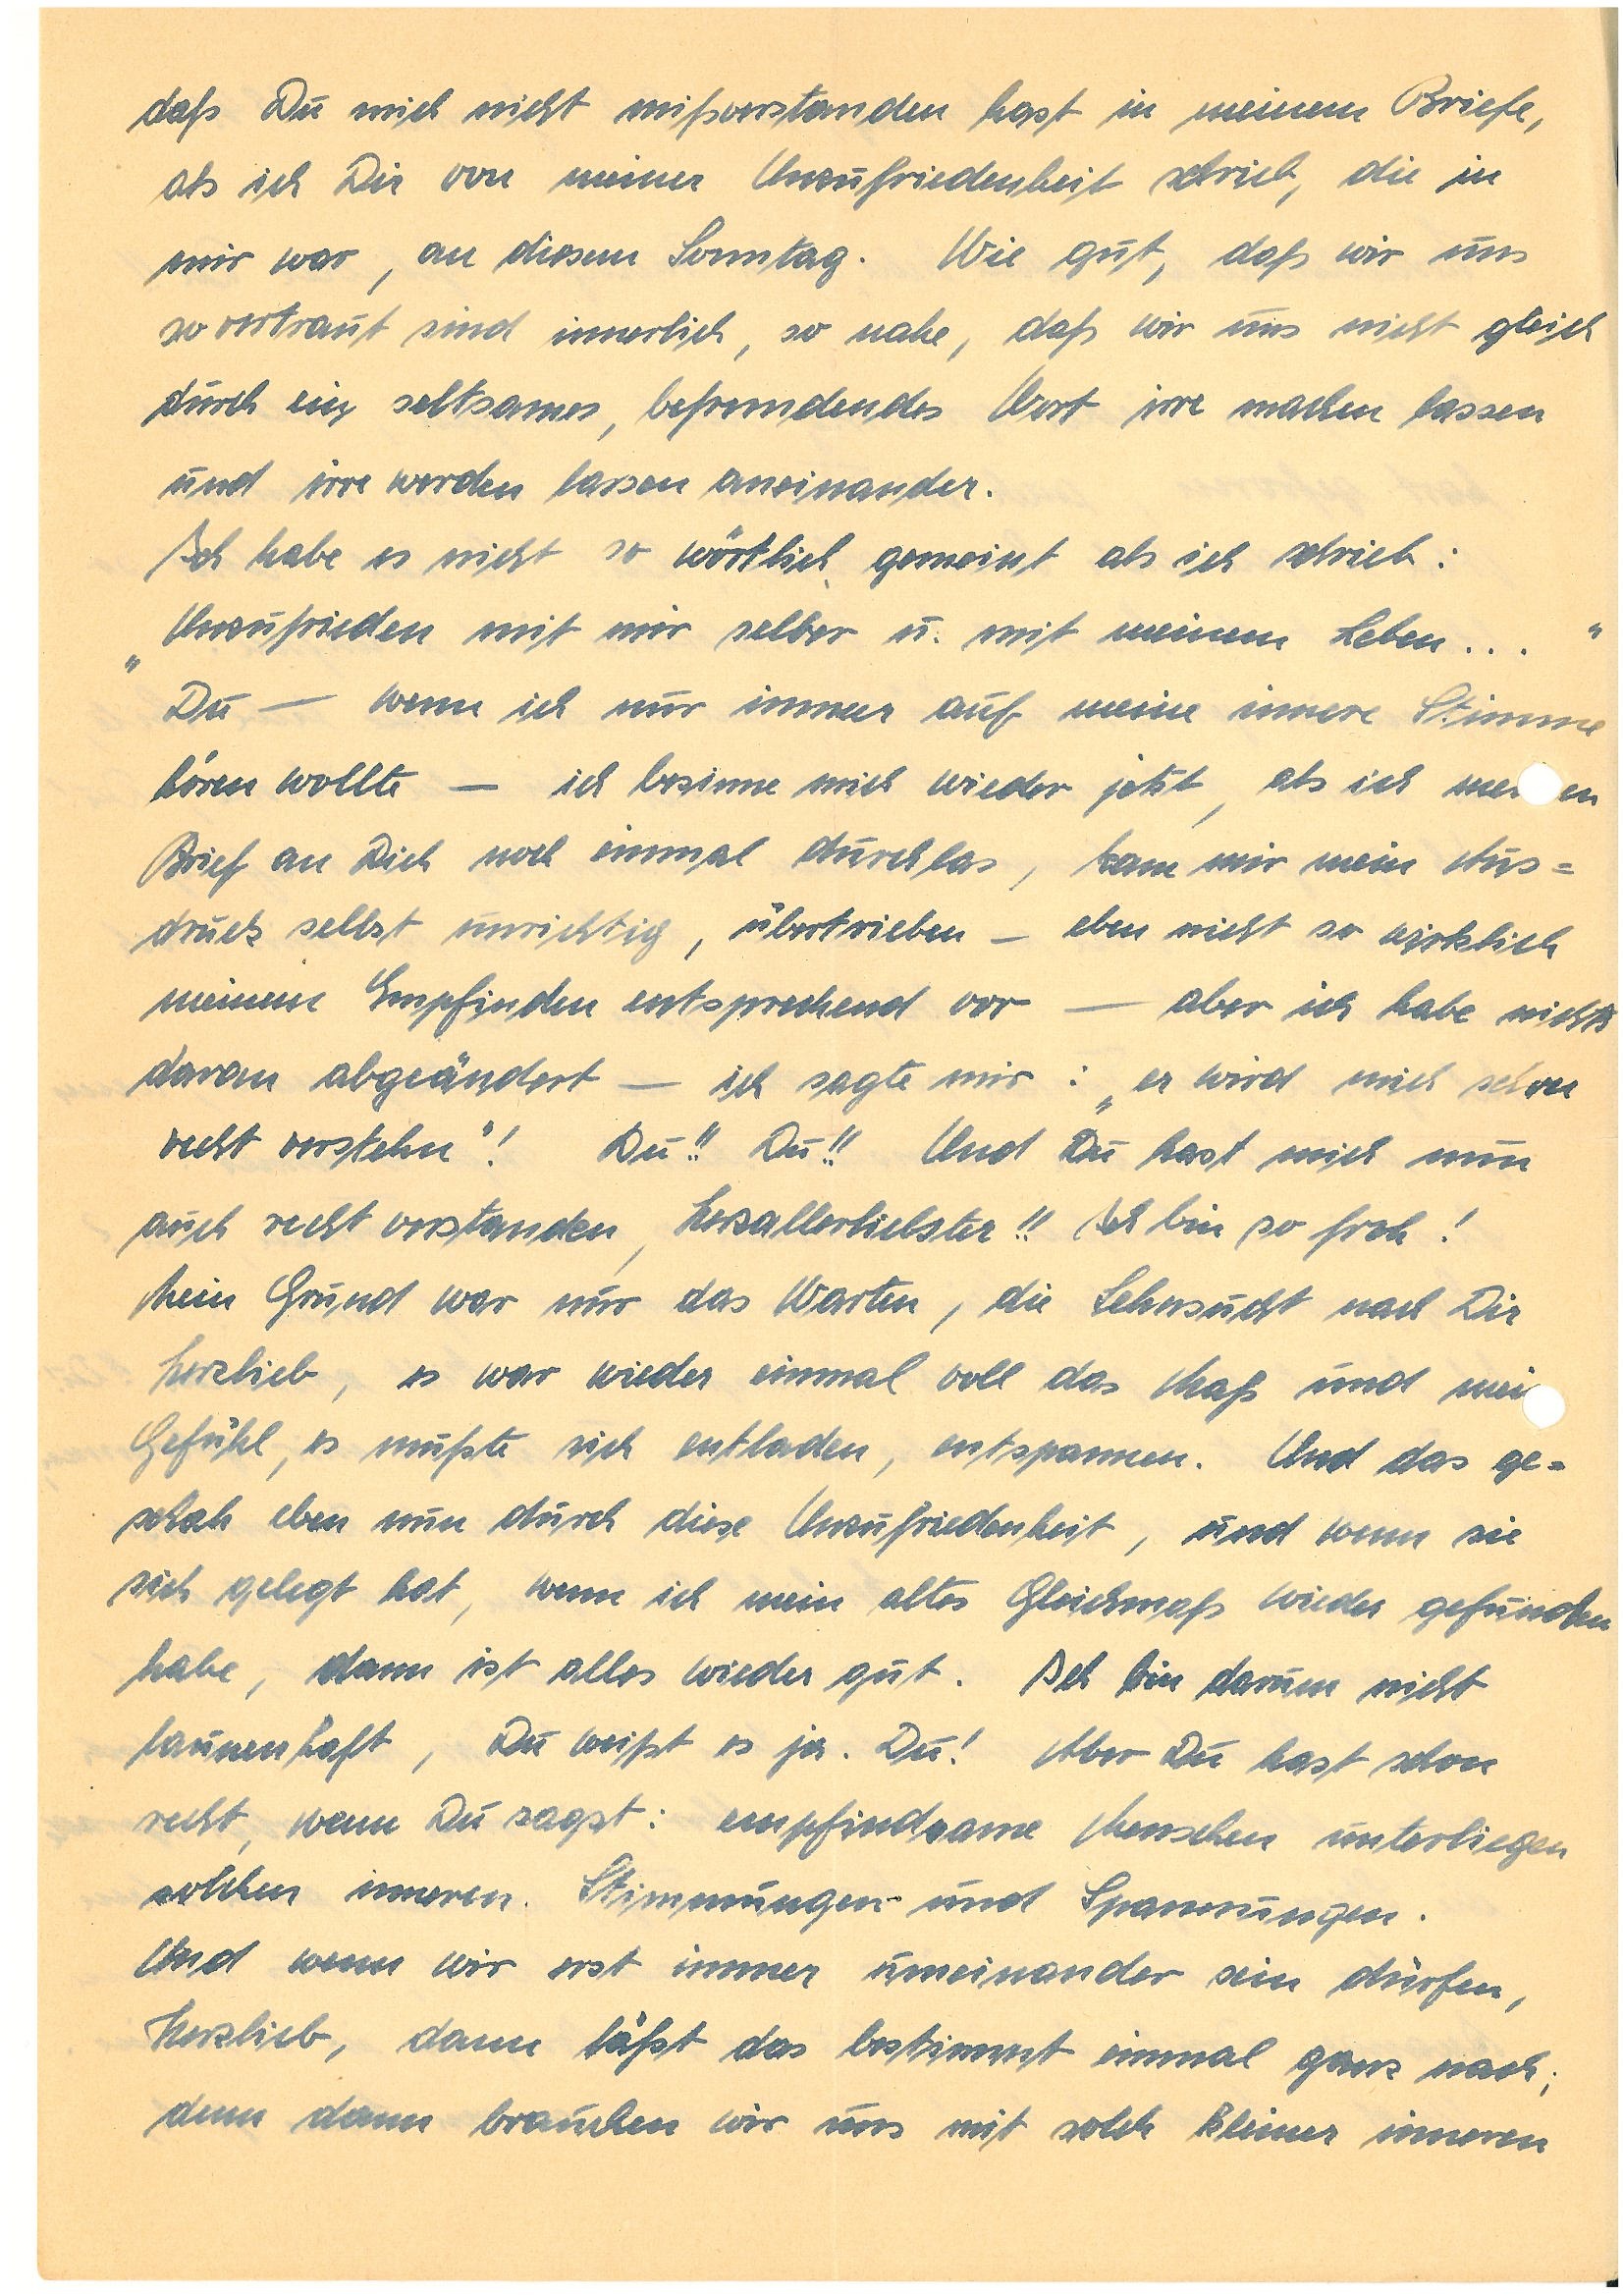
daß Du mich nicht mißverstanden hast, in meinem Briefe,
als ich Dir von meiner Unzufriedenheit schrieb, die in
mir war, an diesem Sonntag. Wie gut, daß wir uns
so vertraut sind innerlich, so nahe, daß wir uns nicht gleich
durch ein seltsames, befremdendes Wort irre machen lassen
und irre werden lassen aneinander.
Ich habe es nicht so wörtlich gemeint als ich schrieb:
„Unzufrieden mit mir selber u mit meinem Leben…“.
Du – wenn ich nur immer auf meine innere Stimme
hören wollte – ich besinne mich wieder jetzt, als ich mnen
Brief an Dich noch einmal durchlas, kam mir mein Aus¬
druck selbst unrichtig, übertrieben – eben nicht so wirklich
meinem Empfinden entsprechend vor – aber ich habe nichts
daran abgeändert – ich sagte mir : „er wird mich schon
recht verstehn“! Du!! Du!! Und Du hast mich nun
auch recht verstanden, Herzallerliebster!! Ich bin so froh!
Mein Grund war nur das Warten, die Sehnsucht nach Dir
Herzlieb, es war wieder einmal voll das Maß und mei
Gefühl, es mußte sich entladen, entspannen. Und das ge¬
schah eben nun durch diese Unzufriedenheit; und wenn sie
sich gelegt hat, wenn ich mein altes Gleichmaß wieder gefunden
habe, dann ist alles wieder gut. Ich bin darum nicht
launenhaft, Du weißt es ja. Du! Aber Du hast schon
recht, wenn Du sagst: empfindsame Menschen unterliegen
solchen inneren Stimmungen und Spannungen.
Und wenn wir erst immer umeinander sein dürfen,
Herzlieb, dann läßt das bestimmt einmal ganz nach;
denn dann brauchen wir uns mit solch kleiner inneren